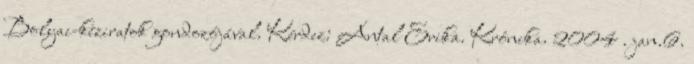
Bolyai-kéziratok gondozójával. Kérdez: Antal Erika. Krónika. 2004 . jan.6.